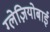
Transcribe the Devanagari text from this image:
ग्लेज़ियोबाई